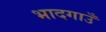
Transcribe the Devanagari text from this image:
भादगाउँ